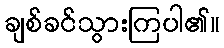
ချစ်ခင်သွားကြပါ၏။